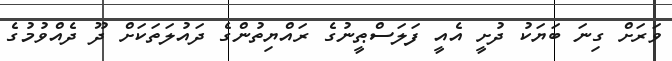
ވަރަށް ގިނަ ބަޔަކު ދުށީ އެއީ ފަލަސްޠީނުގެ ރައްޔިތުންގެ ދައުލަތަކަށް ދޫ ދެއްވުމުގެ